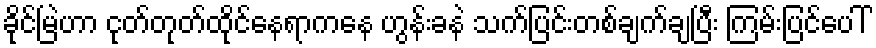
ခိုင်မြဲဟာ ငုတ်တုတ်ထိုင်နေရာကနေ ဟွန်းခနဲ သက်ပြင်းတစ်ချက်ချပြီး ကြမ်းပြင်ပေါ်